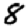
Digit: 8